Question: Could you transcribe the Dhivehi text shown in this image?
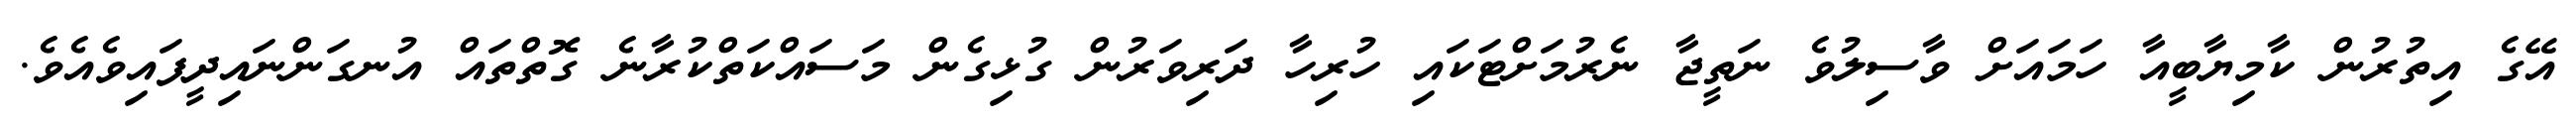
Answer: އޭގެ އިތުރުން ކާމިޔާބީއާ ހަމައަށް ވާސިލުވެ ނަތީޖާ ނެރުމަށްޓަކައި ހުރިހާ ދަރިވަރުން ގުޅިގެން މަސައްކަތްކުރާނެ ގޮތްތައް އުނގަންނައިދީފައިވެއެވެ.